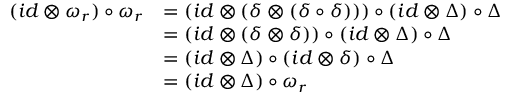
\begin{array} { r l } { ( i d \otimes \omega _ { r } ) \circ \omega _ { r } } & { = ( i d \otimes ( \delta \otimes ( \delta \circ \delta ) ) ) \circ ( i d \otimes \Delta ) \circ \Delta } \\ & { = ( i d \otimes ( \delta \otimes \delta ) ) \circ ( i d \otimes \Delta ) \circ \Delta } \\ & { = ( i d \otimes \Delta ) \circ ( i d \otimes \delta ) \circ \Delta } \\ & { = ( i d \otimes \Delta ) \circ \omega _ { r } } \end{array}